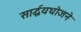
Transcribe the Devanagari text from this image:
सार्द्धयधोजने